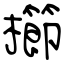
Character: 櫛